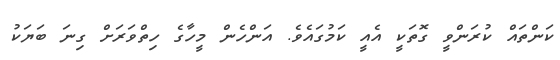
ކަންތައް ކުރަންވީ ގޮތަކީ އެއީ ކަމުގައެވެ. އަންހެން މީހާގެ ހިތްވަރަށް ގިނަ ބަޔަކު